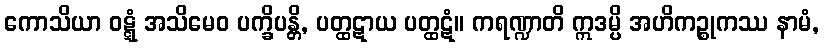
ကောသိယာ ဝဋ္ဋံ အသိမေဝ ပက္ခိပန္တိ, ပတ္ထဋာယ ပတ္ထဋံ။ ကရဏ္ဍာတိ ဣဒမ္ပိ အဟိကဉ္စုကဿ နာမံ,